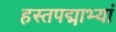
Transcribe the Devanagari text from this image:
हस्तपद्माभ्यां